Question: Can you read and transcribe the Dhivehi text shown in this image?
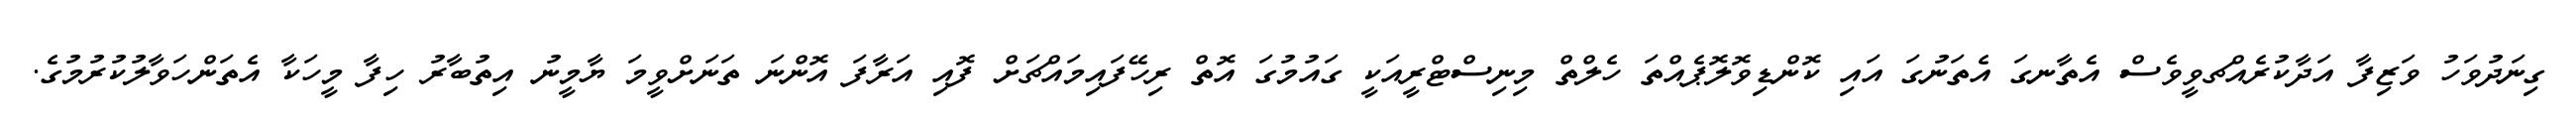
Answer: ގިނަދުވަހު ވަޒިފާ އަދާކުރެއްޗވީވެސް އެތާނގަ އެތަނުގަ އައި ކޮންޑިވޮލޮޕެއްތަ ހެލްތް މިނިސްޓްރީއަކީ ގައުމުގަ އޮތް ރިހޭފައިމައްޗަށް ފޮއި އަރާފަ އޮންނަ ތަނަށްވީމަ ޔާމީނު އިތުބާރު ހިފާ މީހަކާ އެތަންހަވާލުކުރުމުގެ.